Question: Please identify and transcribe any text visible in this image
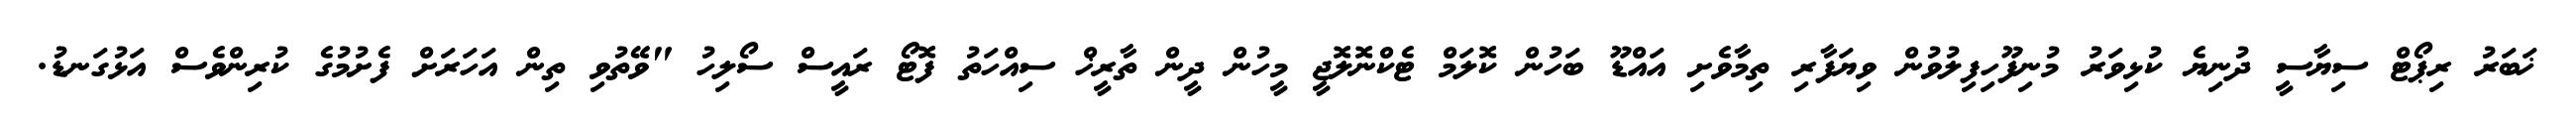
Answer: ޚަބަރު ރިޕޯޓް ސިޔާސީ ދުނިޔެ ކުޅިވަރު މުނިފޫހިފިލުވުން ވިޔަފާރި ތިމާވެށި އައްޑޫ ބަހުން ކޮލަމް ޓެކްނޮލޮޖީ މީހުން ދީން ތާރީޚް ސިއްހަތު ފޮޓޯ ރައީސް ސޯލިހު "ވޭތުވި ތިން އަހަރަށް ފެށުމުގެ ކުރިންވެސް އަޅުގަނޑު.